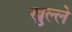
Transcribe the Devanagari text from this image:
खुल्ले